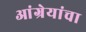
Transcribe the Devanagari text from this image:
आंग्रेयांचा